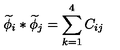
\widetilde { \phi } _ { i } \ast \widetilde { \phi } _ { j } = \sum _ { k = 1 } ^ { 4 } C _ { i j }